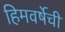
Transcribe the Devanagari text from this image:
हिमवर्षेची